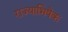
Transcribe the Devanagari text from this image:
राज्‍याभिषेक